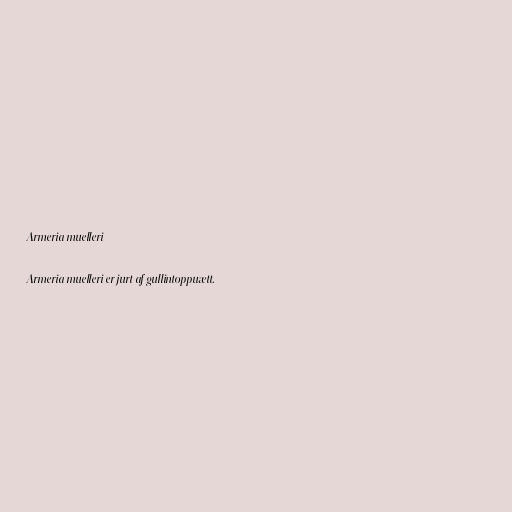
Armeria muelleri

Armeria muelleri er jurt af gullintoppuætt.